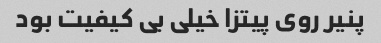
پنیر روی پیتزا خیلی بی کیفیت بود